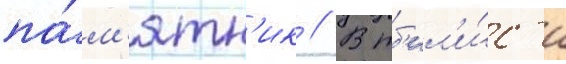
па́м'ятн'ик // В тб'ил'и́с'и